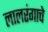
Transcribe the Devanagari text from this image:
लालरंगाचे